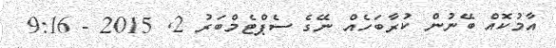
އާމުކޮއް ބޭނުން ކުރާބަހެއް ނޭގެ ސެޕްޓެމްބަރު 2